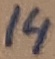
Text: 14